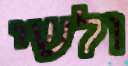
ולשי